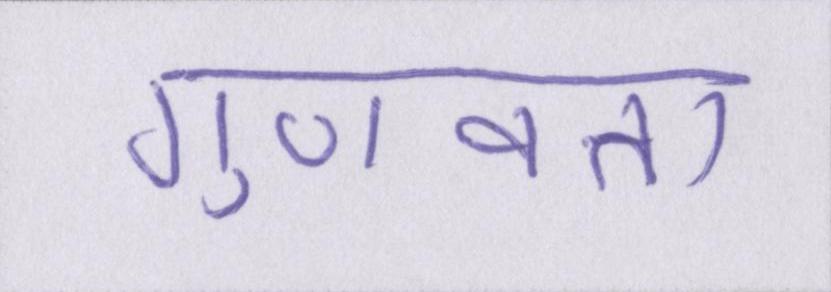
गुणवत्ता